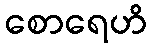
စောရေဟိ